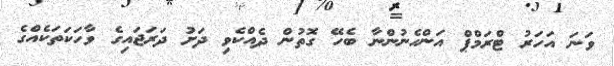
ވަނަ އަހަރު ޓްރަމްޕް އަންހެނުންނާ ބެހޭ ގޮތުން ދެއްކެވި ދަށު ދަރަޖައިގެ ވާހަކަތަކެއްގެ